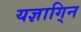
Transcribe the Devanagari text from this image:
यज्ञागि्न